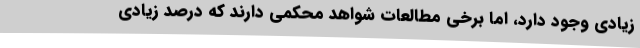
زیادی وجود دارد، اما برخی مطالعات شواهد محکمی دارند که درصد زیادی